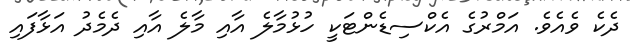
ދެކެ ވެއެވެ. އަމްރުގެ އެކްސިޑެންޓަކީ ހުޅުމާލެ އާއި މާލެ އާއި ދެމެދު އަޅާފައި